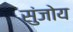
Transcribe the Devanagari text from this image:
सुंजोय